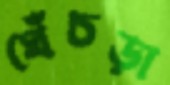
ঘেঁচড়া